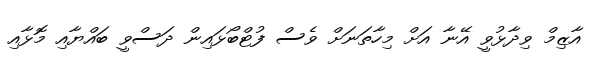
އާޒިމް ވިދާޅުވީ އޭނާ އަށް މިހާތަނަށް ވެސް ފުޓްބޯޅައިން ދަސްވީ ބައްޔާއި މޮޅާއި